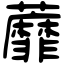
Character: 蘼